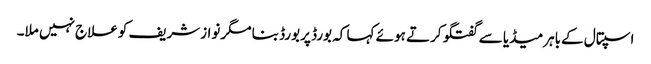
اسپتال کےباہرمیڈیا سے گفتگو کرتے ہوئے کہا کہ بورڈ پربورڈ بنا مگرنوازشریف کوعلاج نہیں ملا۔